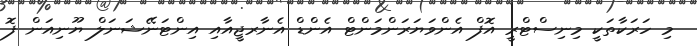
މި ހަރަކާތަކީ މިނިސްޓްރީ އޮފް އެންވަޔަރަންމަންޓް އެންޑް އެނާރޖީއާއި އިންޓަނޭޝަނަލް ޔޫނިއަން ފޮ